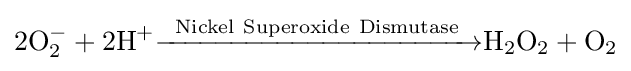
{\rm {2O_{2}^{-}+2H^{+}{\xrightarrow {Nickel\ Superoxide\ Dismutase}}H_{2}O_{2}+O_{2}}}